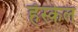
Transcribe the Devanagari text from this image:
हॅस्केल